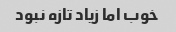
خوب اما زیاد تازه نبود